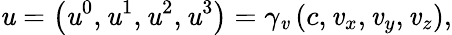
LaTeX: \mathit{u}=\left(\mathit{u}^{0},\mathit{u}^{1},\mathit{u}^{2},\mathit{u}^{3}\right)=\gamma_{\mathit{v}}\left(c,\mathit{v}_{x},\mathit{v}_{y},\mathit{v}_{z}\right),